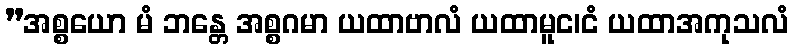
”အစ္စယော မံ ဘန္တေ အစ္စဂမာ ယထာဗာလံ ယထာမူင၊ငံ ယထာအကုသလံ